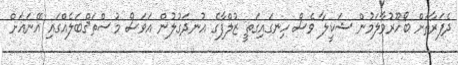
ދެފަރާތަށް ބޯހޫރުވާލަމުން ޝަކީލާ ވެސް ހިނގައިގަތީ ޒުލްފާގެ އުނދަގުލުން އަވަސް މުސްތަޤްބަލެއްގައި އޭނައަށް